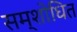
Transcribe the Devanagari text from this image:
सम्शोधित